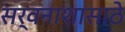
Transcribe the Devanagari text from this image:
सर्वनाशासाठे